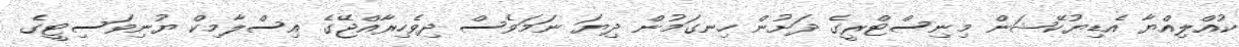
ކުއްލިއްޔާ އެޑިޔުކޭޝަން މިނިސްޓްރީގެ ދަށުން ހިނގަމުން ދިޔަ ނަަމަވެސް ދިވެހިރާއްޖޭގެ އިސްލާމިކް ޔުނިވަސިޓީގެ